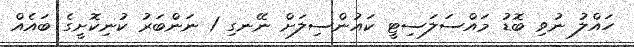
ހައްލު ނުވި ބޮޑު މައްސަލަސިޓީ ކައުންސިލަށް ނޭނގި 1 ނަންބަރު ކުނިކޮށީގެ ބައެއް